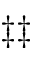
\ddagger \ddagger